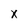
Character: x